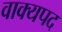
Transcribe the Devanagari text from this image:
वाक्यपद